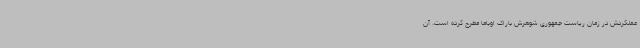
عملکردش در زمان ریاست جمهوری شوهرش باراک اوباما مطرح کرده است. آن